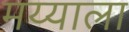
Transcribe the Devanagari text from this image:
मय्याला